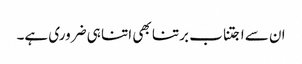
ان سے اجتناب برتنا بھی اتنا ہی ضروری ہے۔